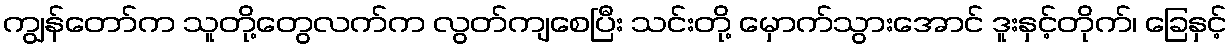
ကျွန်တော်က သူတို့တွေလက်က လွတ်ကျစေပြီး သင်းတို့ မှောက်သွားအောင် ဒူးနှင့်တိုက်၊ ခြေနှင့်